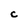
Character: C